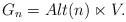
LaTeX: \begin{align*}G_n=Alt(n)\ltimes V.\end{align*}